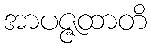
အာပဇ္ဇထာတိ